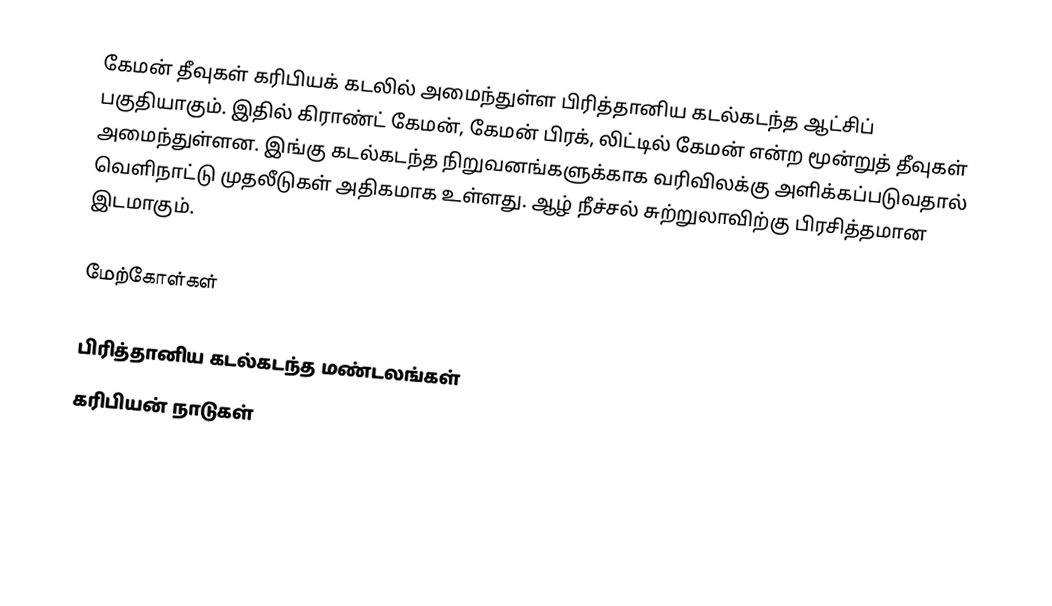
கேமன் தீவுகள் கரிபியக் கடலில் அமைந்துள்ள பிரித்தானிய கடல்கடந்த ஆட்சிப் பகுதியாகும். இதில் கிராண்ட் கேமன், கேமன் பிரக், லிட்டில் கேமன் என்ற மூன்றுத் தீவுகள் அமைந்துள்ளன. இங்கு  கடல்கடந்த நிறுவனங்களுக்காக வரிவிலக்கு அளிக்கப்படுவதால் வெளிநாட்டு முதலீடுகள் அதிகமாக உள்ளது. ஆழ் நீச்சல் சுற்றுலாவிற்கு பிரசித்தமான இடமாகும்.

மேற்கோள்கள்

பிரித்தானிய கடல்கடந்த மண்டலங்கள்
கரிபியன் நாடுகள்